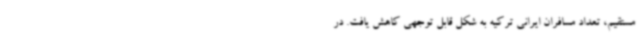
مستقیم، تعداد مسافران ایرانی ترکیه به شکل قابل توجهی کاهش یافت. در